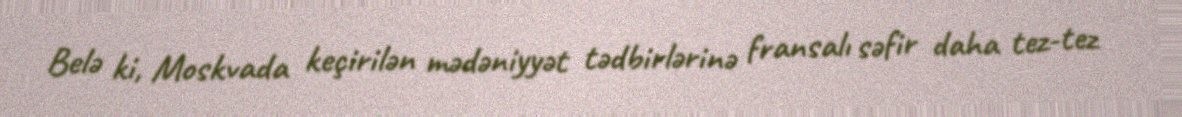
Belə ki, Moskvada keçirilən mədəniyyət tədbirlərinə fransalı səfir daha tez-tez